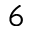
6